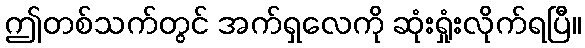
ဤတစ်သက်တွင် အက်ရှလေကို ဆုံးရှုံးလိုက်ရပြီ။